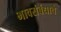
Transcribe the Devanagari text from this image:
भावसंबंधाचे